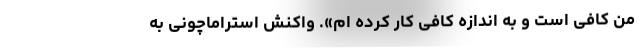
من کافی‌ است و به اندازه کافی کار کرده ام». واکنش استراماچونی به